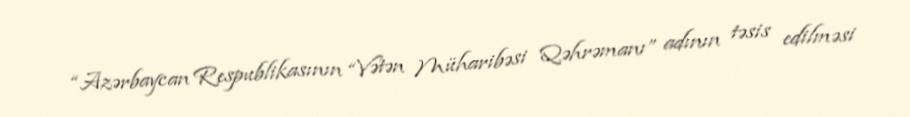
“Azərbaycan Respublikasının “Vətən Müharibəsi Qəhrəmanı” adının təsis edilməsi